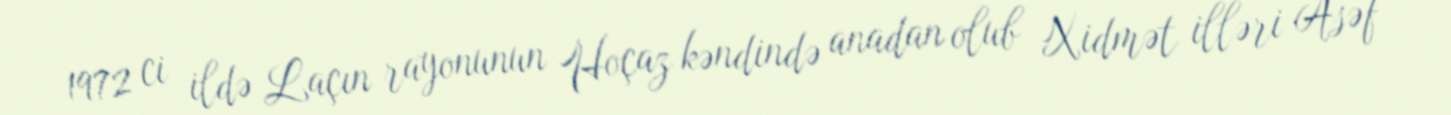
1972 ci ildə Laçın rayonunun Hoçaz kəndində anadan olub Xidmət illəri Asəf